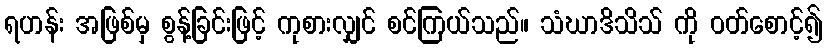
ရဟန်း အဖြစ်မှ စွန့်ခြင်းဖြင့် ကုစားလျှင် စင်ကြယ်သည်။ သံဃာဒိသိသ် ကို ဝတ်စောင့်၍